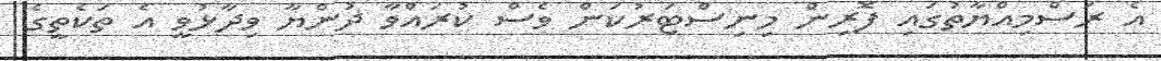
އެ ރަސްމިއްޔާތުގައި ފޮރިން މިނިސްޓަރުކަން ވެސް ކުރައްވާ ދުންޔާ ވިދާޅުވީ އެ ތަކެތީގެ